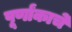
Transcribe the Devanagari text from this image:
पूर्णांकाचे